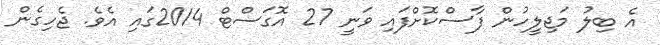
އެ ބިލު މަޖިލީހުން ފާސްކޮށްފައި ވަނީ 27 އޮގަސްޓް 2014ގައި އެވެ. ޖެހިގެން